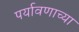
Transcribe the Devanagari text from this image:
पर्यावणाच्या